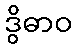
ဒွိဓာဝ